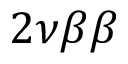
2 \nu \beta \beta